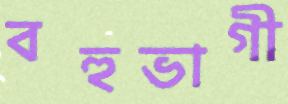
বহুভাগী